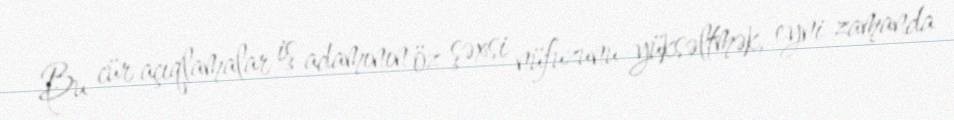
Bu cür açıqlamalar iş adamının öz şəxsi nüfuzunu yüksəltmək, eyni zamanda